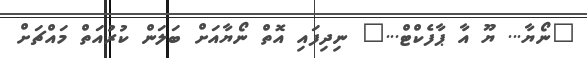
"ނޯޔާ... ޔޫ އާ ޕާފެކްޓް..." ނިދިފައި އޮތް ނޯޔާއަށް ބަލަން ކުރުއަތް މައްޗަށް